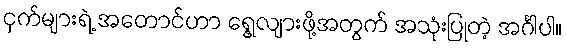
ငှက်များရဲ့ အတောင်ဟာ ရွေ့လျားဖို့အတွက် အသုံးပြုတဲ့ အင်္ဂါပါ။